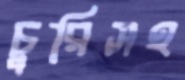
চুরিসহ